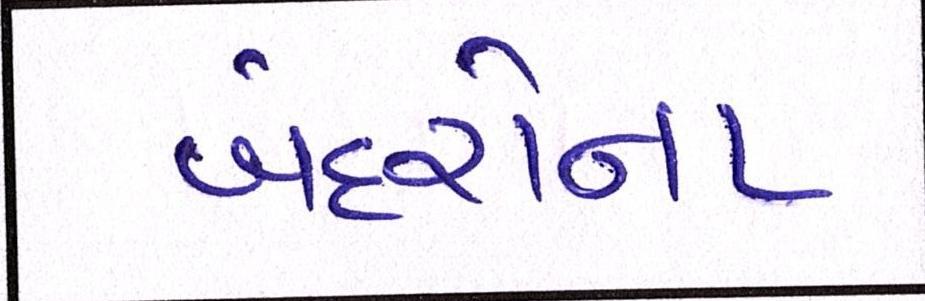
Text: બંદરોના